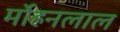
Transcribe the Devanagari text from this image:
र्मोहनलाल